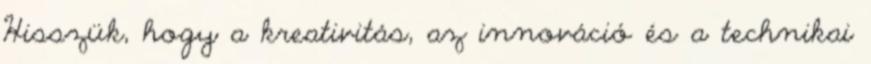
Hisszük, hogy a kreativitás, az innováció és a technikai